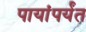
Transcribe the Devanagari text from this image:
पायांपर्यंत